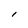
Character: l